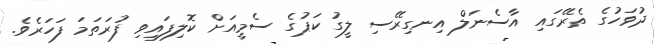
ދުވަހުގެ ތެރޭގައި އާސެނަލް އިނގިރޭސި ލީގު ކަޕުގެ ސެމީއަށް ކޮލިފައިވި ފުރަތަމަ ފަހަރެވެ.